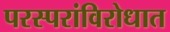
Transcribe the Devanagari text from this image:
परस्परांविरोधात